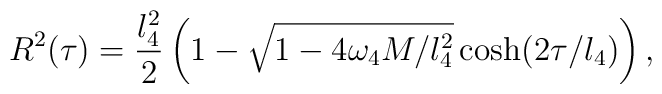
R^2(\tau)= \frac{l_4^2}{2}\left(1  -\sqrt{1-4\omega_4M/l_4^2}\cosh(2\tau/l_4)\right),